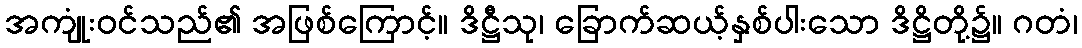
အကျုံးဝင်သည်၏ အဖြစ်ကြောင့်။ ဒိဋ္ဌီသု၊ ခြောက်ဆယ့်နှစ်ပါးသော ဒိဋ္ဌိတို့၌။ ဂတံ၊